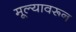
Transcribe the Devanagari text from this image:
मूल्यावरून